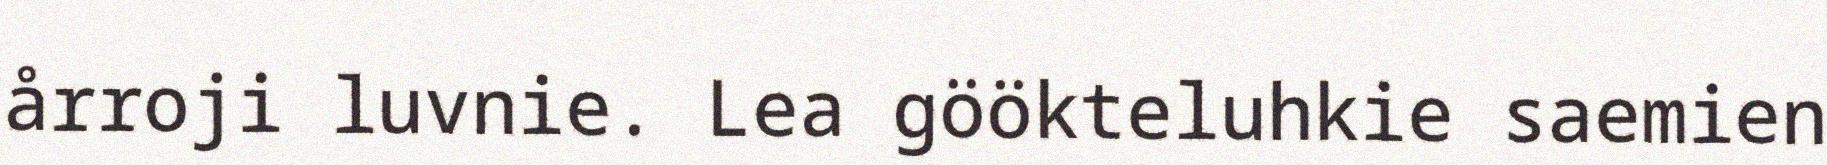
årroji luvnie. Lea göökteluhkie saemien